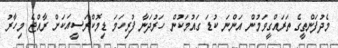
މެދުފަންތީގެ ތަރައްގީވަމުން އަންނަ ކުޑަ ގައުމަކުން ހަރުދަނާ ފުރިހަމަ ޑިމޮކްރަސީއަކަށް ރާއްޖެ މިހާރު